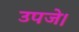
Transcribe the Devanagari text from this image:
उपजे।